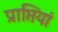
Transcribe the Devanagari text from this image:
प्राप्तियां